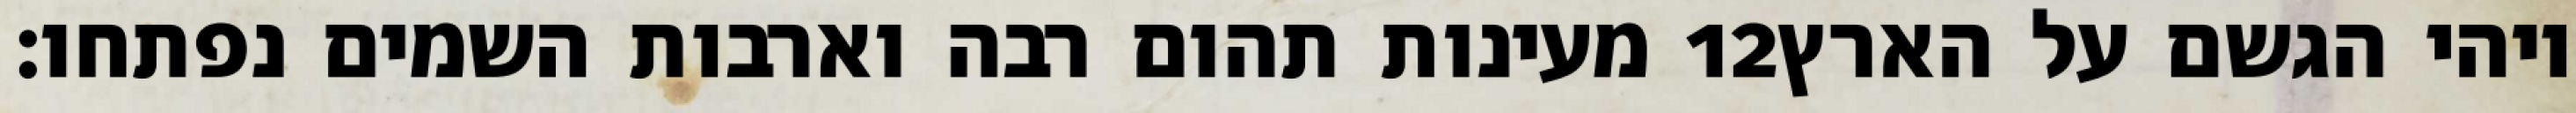
מעינות תהום רבה וארבות השמים נפתחו׃ ‎12‏ ויהי הגשם על הארץ